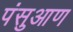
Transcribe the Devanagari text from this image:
पंसुआण